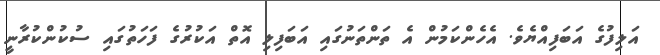
އަލިފުގެ އަބަފިއްޔެވެ. އެހެންކަމުން އެ ތަންތަނުގައި އަބަފިލި އޮތް އަކުރުގެ ފަހަތުގައި ސުކުންކުރާނީ